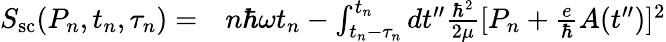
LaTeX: \begin{array}{rl}{S_{\mathrm{sc}}(P_{n},t_{n},\tau_{n})=}&{{}n\hbar\omega t_{n}-\int_{t_{n}-\tau_{n}}^{t_{n}}dt^{\prime\prime}\frac{\hbar^{2}}{2\mu}[P_{n}+\frac{e}{\hbar}A(t^{\prime\prime})]^{2}}\end{array}